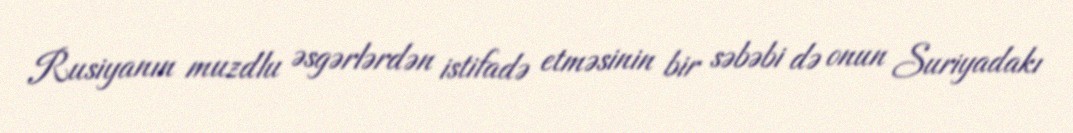
Rusiyanın muzdlu əsgərlərdən istifadə etməsinin bir səbəbi də onun Suriyadakı